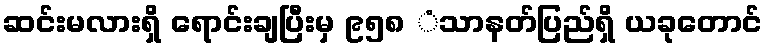
ဆင်းမလားရှိ ရောင်းချပြီးမှ ၉၅၈ ံသာနတ်ပြည်ရှိ ယခုတောင်